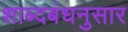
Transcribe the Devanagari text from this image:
शाब्दबंधनुसार